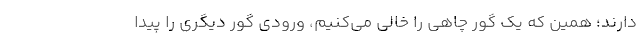
دارند؛ همین که یک گور چاهی را خالی می‌کنیم، ورودی گور دیگری را پیدا